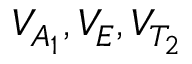
V _ { A _ { 1 } } , V _ { E } , V _ { T _ { 2 } }